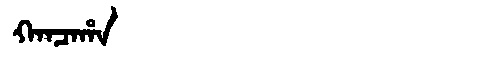
Manchu: ᡴᠠᠨᠴᠠᡥᠠ
Romanization: KANCAHA